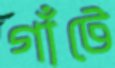
গাঁটে